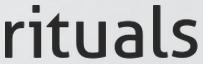
rituals